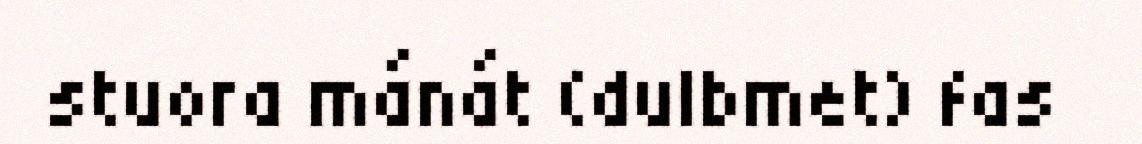
stuora mánát (dulbmet) fas